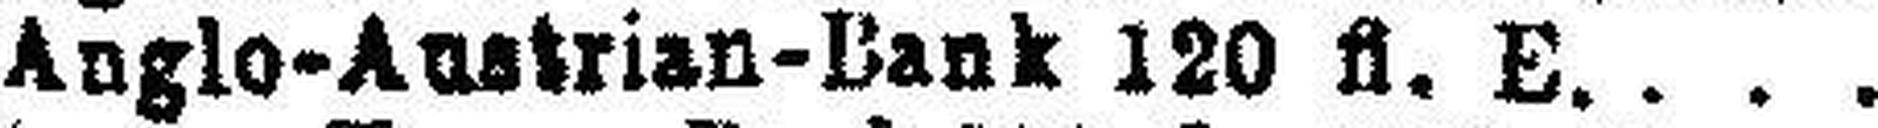
Anglo-Anstrian-Bank 120 fl. E.